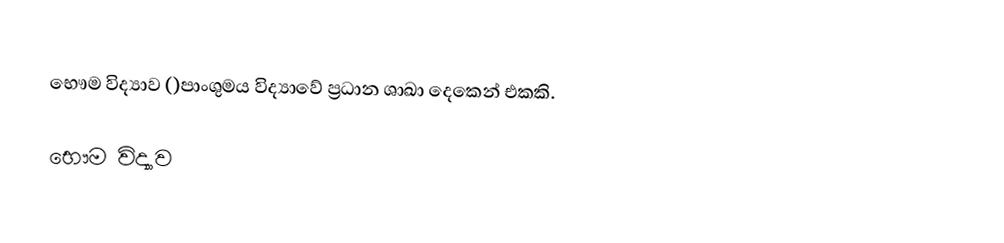
භෞම විද්‍යාව ()පාංශුමය විද්‍යාවේ ප්‍රධාන ශාඛා දෙකෙන් එකකි.

භෞම විද්‍යාව